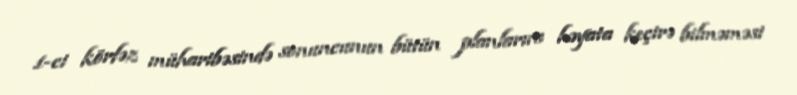
1-ci körfəz müharibəsində sonuncunun bütün planlarını həyata keçirə bilməməsi